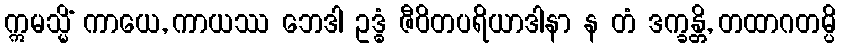
ဣမသ္မိံ ကာယေ, ကာယဿ ဘေဒါ ဥဒ္ဓံ ဇီဝိတပရိယာဒါနာ န တံ ဒက္ခန္တိ, တထာဂတမ္ပိ